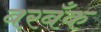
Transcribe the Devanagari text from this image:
बरबँक